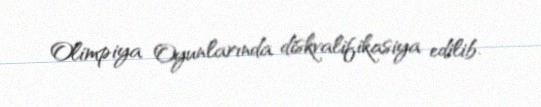
Olimpiya Oyunlarında diskvalifikasiya edilib.